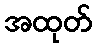
အထုတ်